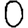
Digit: 0